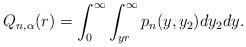
LaTeX: \begin{align*}Q_{n,\alpha}(r) = \int_{0}^{\infty}\int_{yr}^{\infty} p_{n}(y,y_{2})dy_{2}dy.\end{align*}